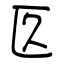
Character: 匛